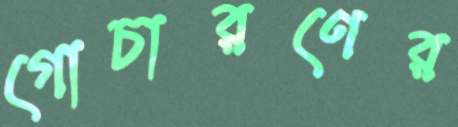
গোচারণের